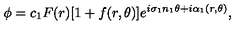
\phi = c _ { 1 } F ( r ) [ 1 + f ( r , \theta ) ] e ^ { i \sigma _ { 1 } n _ { 1 } \theta + i \alpha _ { 1 } ( r , \theta ) } ,